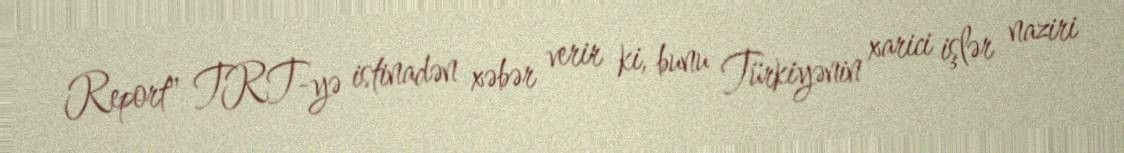
Report" TRT-yə istinadən xəbər verir ki, bunu Türkiyənin xarici işlər naziri